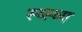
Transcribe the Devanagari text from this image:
स्व्स्थ्य